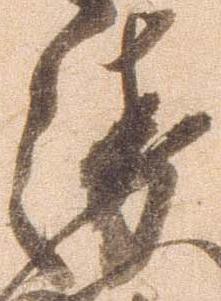
衛